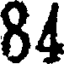
84